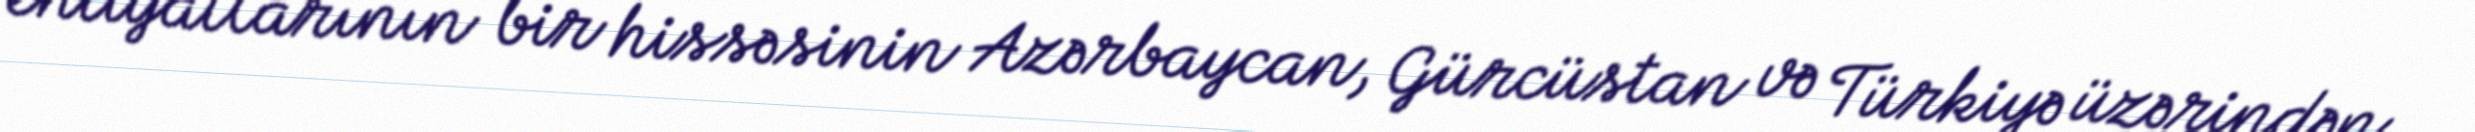
ehtiyatlarının bir hissəsinin Azərbaycan, Gürcüstan və Türkiyə üzərindən